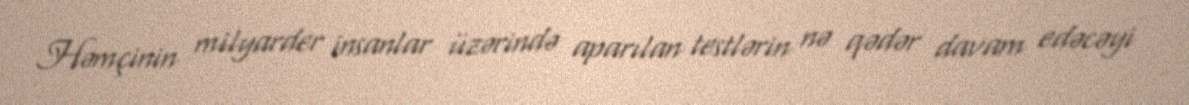
Həmçinin milyarder insanlar üzərində aparılan testlərin nə qədər davam edəcəyi